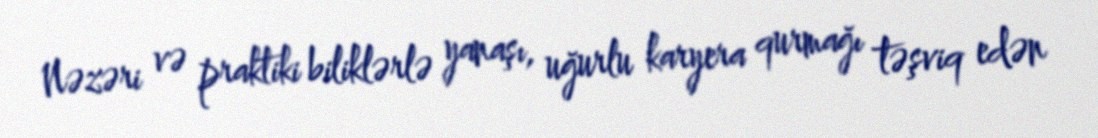
Nəzəri və praktiki biliklərlə yanaşı, uğurlu karyera qurmağı təşviq edən